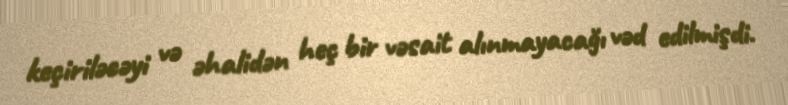
keçiriləcəyi və əhalidən heç bir vəsait alınmayacağı vəd edilmişdi.